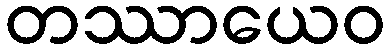
တဿာယေဝ